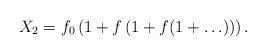
LaTeX: \begin{align*}X_2=f_0\left(1+f\left(1+f(1+\ldots)\right)\right).\end{align*}